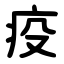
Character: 疫